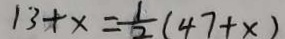
1 3 + x = \frac { 1 } { 2 } ( 4 7 + x )